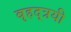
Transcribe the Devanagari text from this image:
बृहद्त्रयी